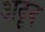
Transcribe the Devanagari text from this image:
अदूद